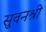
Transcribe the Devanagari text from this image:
सुवनश्री